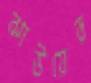
ঝাউয়ের